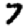
Digit: 7